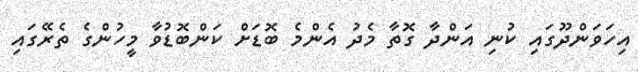
އިހަވަންދޫގައި ކުނި އަންދާ ގޮތާ މެދު އެންމެ ބޮޑަށް ކަންބޮޑުވާ މީހުންގެ ތެރޭގައި